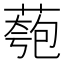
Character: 𫉌